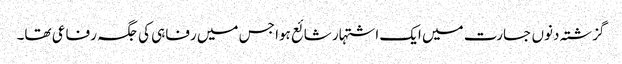
گزشتہ دنوں جسارت میں ایک اشتہار شائع ہوا جس میں رفاہی کی جگہ رفاعی تھا۔